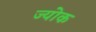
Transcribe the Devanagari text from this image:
ज्योक